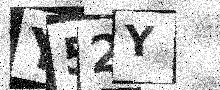
Text: Y52Y